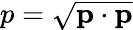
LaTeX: p={\sqrt{\mathbf{p}\cdot\mathbf{p}}}